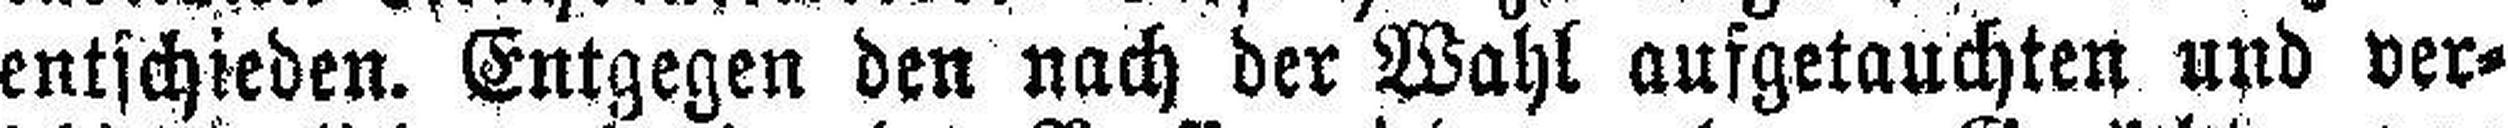
entschieden. Entgegen den nach der Wahl aufgetauchten und ver¬